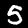
Digit: 5